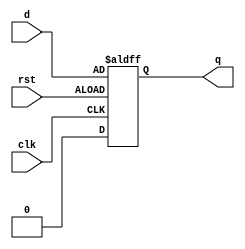
module d_flip_flop (
    input wire clk,
    input wire rst,
    input wire d,
    output reg q
);

always @(posedge clk, negedge rst)
begin
    if (rst)
        q <= 1'b0;
    else
        q <= d;
end

endmodule